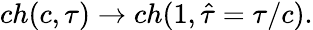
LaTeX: ch(c,\tau)\rightarrow ch(1,\hat{\tau}=\tau/c).